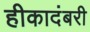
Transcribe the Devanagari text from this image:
हीकादंबरी